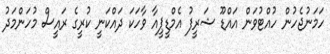
ހަމަނުޖެހުން ހުއްޓުވަން އައްޑޫ ޝަރީފު އެމްޑީޕީއާ ވާހަކަ ދައްކަނީ ކުރީގެ ރައީސް މުހަންމަދު